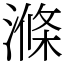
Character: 滌